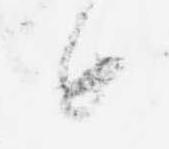
と